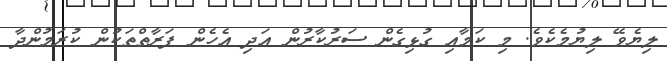
ލިޔެވޭ ލިޔުމެކެވެ. މި ކަމާއި ގުޅިގެން ސަރުކާރުން އަދި އެހެން ފަރާތްތަކުން ކުރަމުންދާ